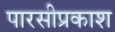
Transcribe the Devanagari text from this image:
पारसीप्रकाश